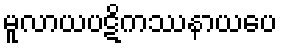
မူလာယပဋိကဿနာယပေ